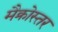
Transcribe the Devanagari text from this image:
मैक्रोस्तर